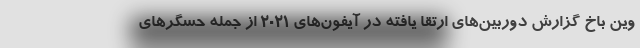
وین باخ گزارش دوربین‌های ارتقا یافته در آیفون‌های ۲۰۲۱ از جمله حسگرهای